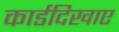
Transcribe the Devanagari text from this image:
कार्डदिखाए